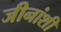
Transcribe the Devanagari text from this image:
जीनांशी